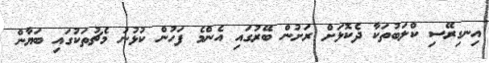
އިނގިރޭސި ކްލަބުތަކާ ދެކޮޅަށް ރަށުން ބޭރުގައި އެންމެ ފަހުން ކުޅުނު މެޗުތަކުގައި ބަޔާން